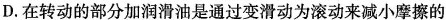
D.在转动的部分加润滑油是通过变滑动为滚动来减小摩擦的